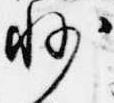
州